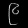
Digit: ၉